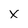
Character: X